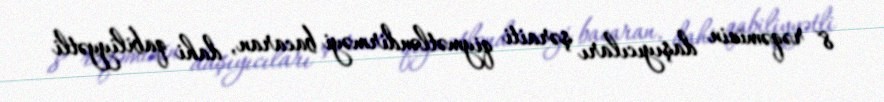
8 rəqəminin daşıyıcıları şəraiti qiymətləndirməyi bacaran, dahi qabiliyyətli